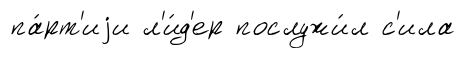
па́рт'иjи л'и́д'ер послужи́л с'ила